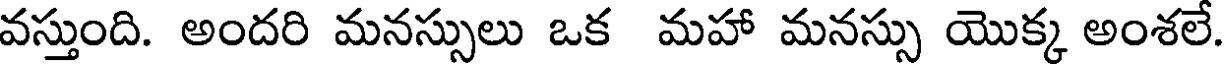
వస్తుంది. అందరి మనస్సులు ఒక మహా మనస్సు యొక్క అంశలే.